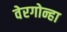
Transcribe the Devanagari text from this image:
वेरगोन्हा